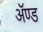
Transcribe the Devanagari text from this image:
ॲण्‍ड